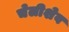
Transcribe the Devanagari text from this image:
चेलीशेव